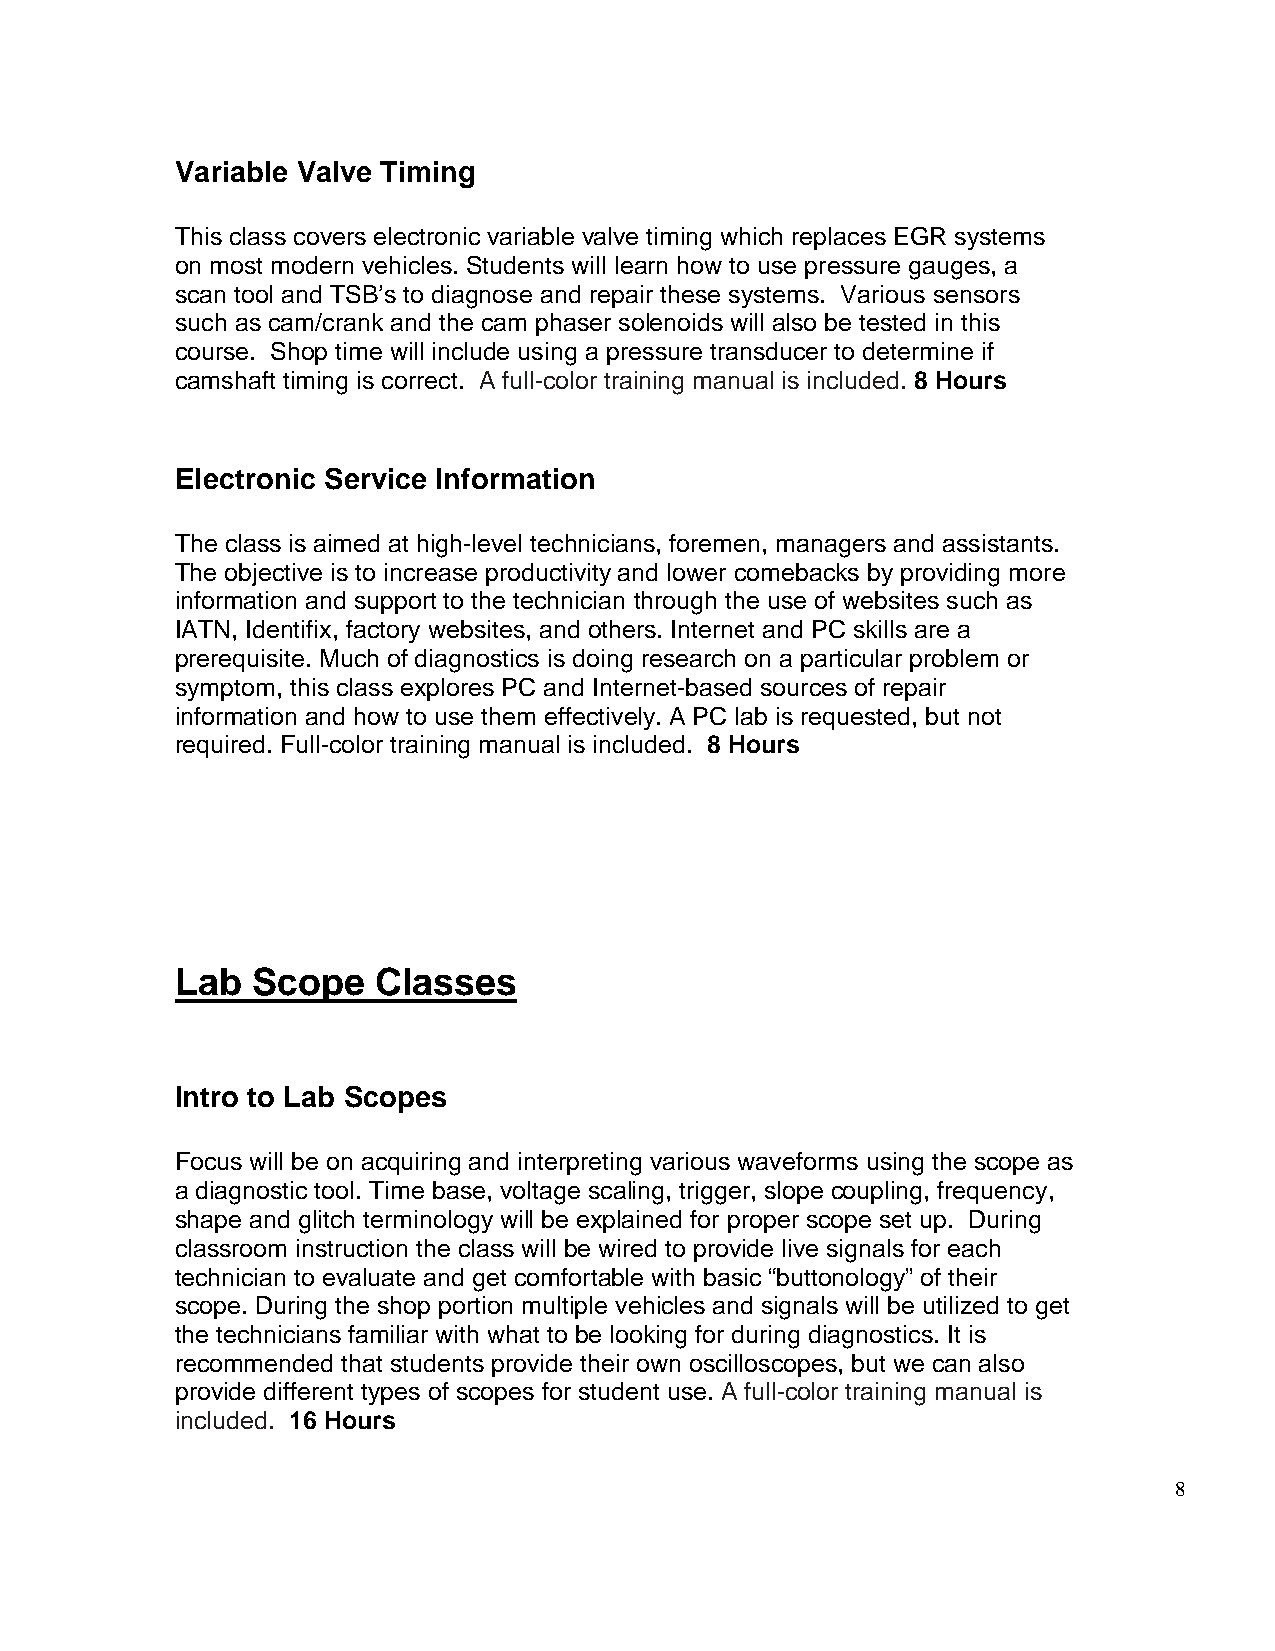
Variable Valve Timing
 This class covers electronic variable valve timing which replaces EGR systems
 on most modern vehicles. Students will learn how to use pressure gauges, a
 scan tool and TSB’s to diagnose and repair these systems. Various sensors
 such as cam/crank and the cam phaser solenoids will also be tested in this
 course. Shop time will include using a pressure transducer to determine if
 camshaft timing is correct. A full-color training manual is included. 8 Hours
 Electronic Service Information
 The class is aimed at high-level technicians, foremen, managers and assistants.
 The objective is to increase productivity and lower comebacks by providing more
 information and support to the technician through the use of websites such as
 IATN, Identifix, factory websites, and others. Internet and PC skills are a
 prerequisite. Much of diagnostics is doing research on a particular problem or
 symptom, this class explores PC and Internet-based sources of repair
 information and how to use them effectively. A PC lab is requested, but not
 required. Full-color training manual is included. 8 Hours
 Lab  Scope   Classes
 Intro to Lab Scopes
 Focus will be on acquiring and interpreting various waveforms using the scope as
 a diagnostic tool. Time base, voltage scaling, trigger, slope coupling, frequency,
 shape and glitch terminology will be explained for proper scope set up. During
 classroom instruction the class will be wired to provide live signals for each
 technician to evaluate and get comfortable with basic “buttonology” of their
 scope. During the shop portion multiple vehicles and signals will be utilized to get
 the technicians familiar with what to be looking for during diagnostics. It is
 recommended that students provide their own oscilloscopes, but we can also
 provide different types of scopes for student use. A full-color training manual is
 included. 16 Hours
 8